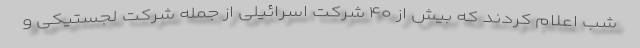
شب اعلام کردند که بیش از ۴۰ شرکت اسرائیلی از جمله شرکت‌ لجستیکی و